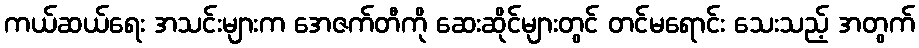
ကယ်ဆယ်ရေး အသင်းများက အေဇက်တီကို ဆေးဆိုင်များတွင် တင်မရောင်း သေးသည့် အတွက်